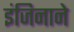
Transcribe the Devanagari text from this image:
इंजिनाने